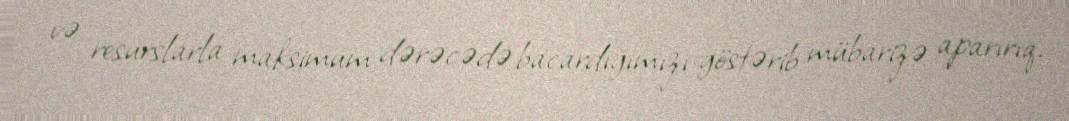
və resurslarla maksimum dərəcədə bacardığımızı göstərib mübarizə aparırıq.